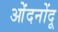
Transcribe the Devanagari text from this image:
ओंदनोंदू